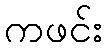
ကဖင်း